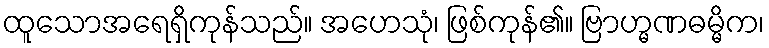
ထူသောအရေရှိကုန်သည်။ အဟေသုံ၊ ဖြစ်ကုန်၏။ ဗြာဟ္မဏဓမ္မိက၊